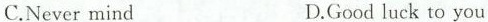
C.Never mind D.Good luck to you